Laidoner,_Johan, lk 119
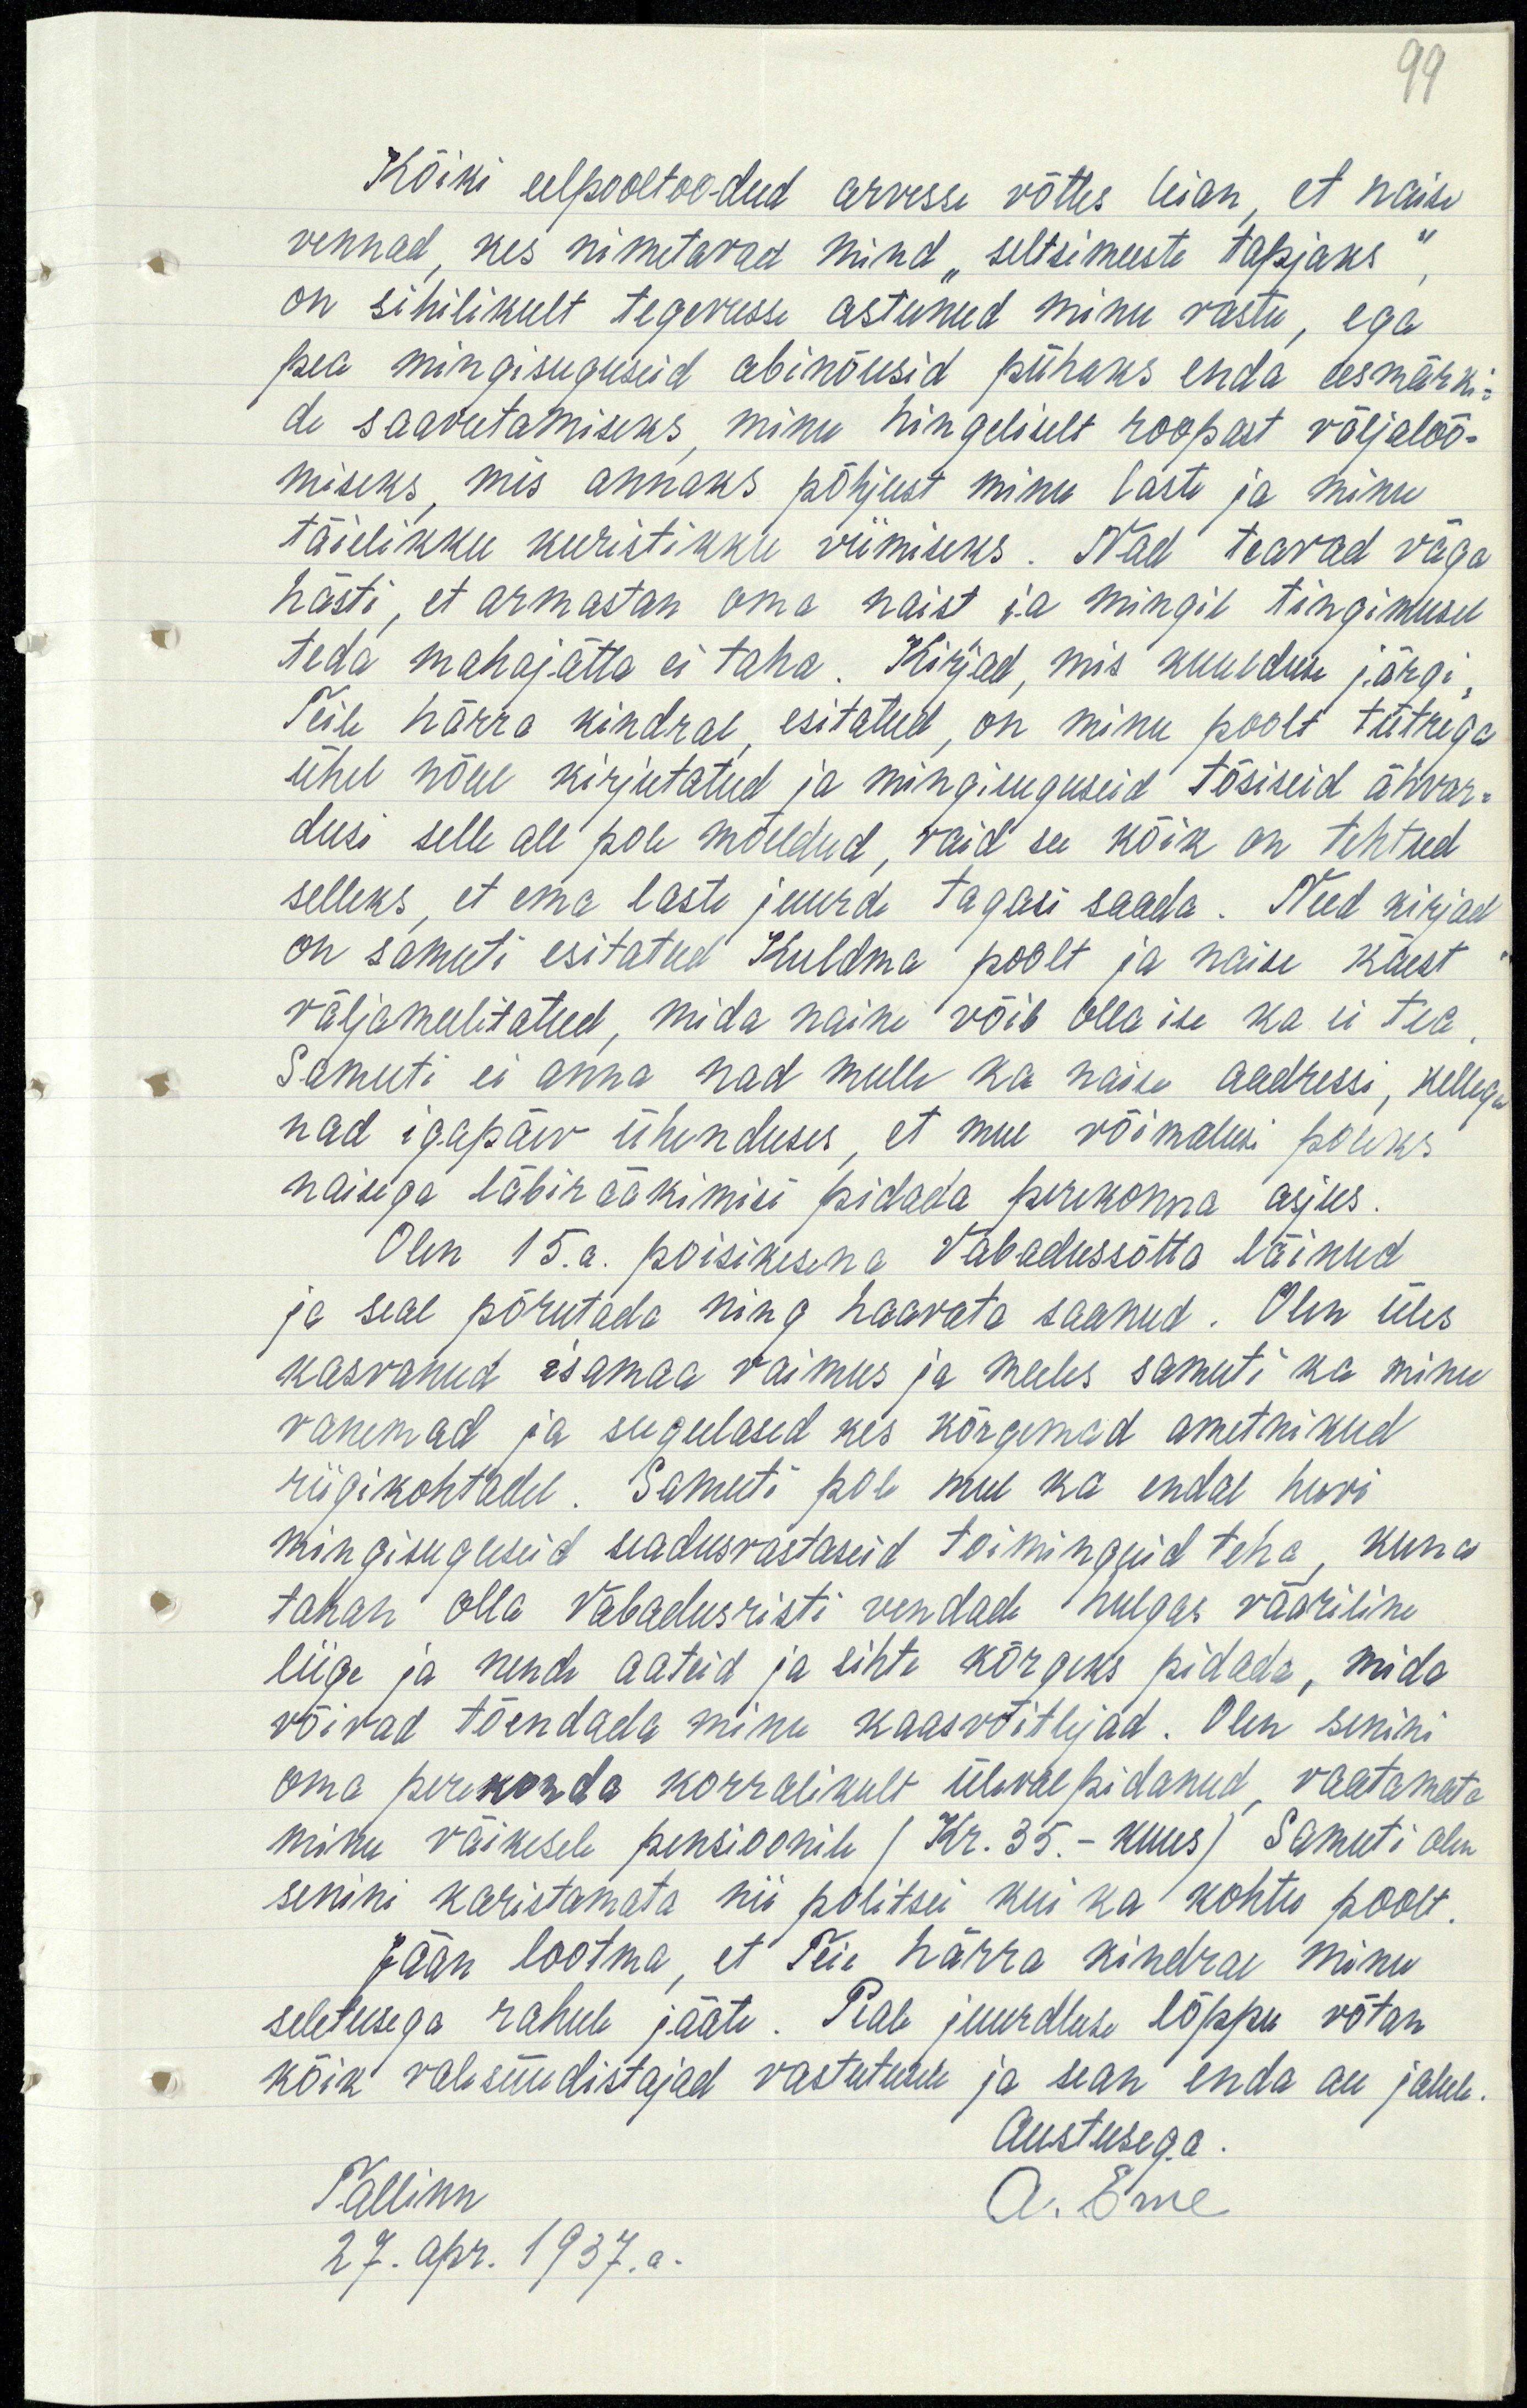
99

Kõiki eelpooltoodud arvesse võttes leian, et naise
vennad, kes nimetavad mind "seltsimeeste tapjaks",
on sihilikult tegevusse astunud minu vastu, ega
pea mingisuguseid abinõusid pühaks enda eesmärki-
de saavutamiseks, minu hingeliselt roopast väljalöö-
miseks, mis annaks põhjust minu laste ja minu
täielikku kuristikku viimiseks. Nad teavad väga
hästi, et armastan oma naist ja mingil tingimusel
teda mahajätta ei taha. Kirjad, mis kuulduse järgi,
Teile härra kindral, esitatud, on minu poolt tütrega
ühel nõul kirjutatud ja mingisuguseid tõsiseid ähvar-
dusi selle all pole mõeldud, vaid see kõik on tehtud
selleks, et ema laste juurde tagasi saada. Need kirjad
on samuti esitatud Kuldma poolt ja naise käest
väljameelitatud, mida naine võib olla ise ka ei tea.
Samuti ei anna nad mulle ka naise aadressi, kellega
nad igapäev ühenduses, et mul võimalusi poleks
naisega läbirääkimisi pidada perekonna asjus.
Olen 15.a. poisikesena Vabadussõtta läinud
ja seal põrutada ning haavata saanud. Olen üles
kasvanud isamaa vaimus ja meeles samuti ka minu
vanemad ja sugulased kes kõrgemad ametnikud
riigikohtadel. Samuti pole mul ka endal huvi
mingisuguseid seadusvastaseid toiminguid teha, kuna
tahan olla Vabadusristi vendade hulgas vääriline
liige ja nende aateid ja sihte kõrgeks pidada, mida
võivad tõendada minu kaasvõitlejad. Olen senini
oma perekonda korralikult üleval pidanud, vaatamata
minu väikesele pensioonile (Kr.35.- kuus) Samuti olen
senini karistamata nii politsei kui ka kohtu poolt.
Jään lootma, et Teie härra kindral minu
seletusega rahule jääte. Peale juurdluse lõppu võtan
kõik vale süüdistajad vastutusele ja sean enda au jalule.
Austusega.
Tallinn.
A. Erne
27. apr. 1937. a.